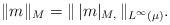
LaTeX: \begin{align*} \|m\|_M=\|\,|m|_{M,{}}\,\|_{L^\infty(\mu)}. \end{align*}